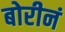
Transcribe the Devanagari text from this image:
बोरीनं